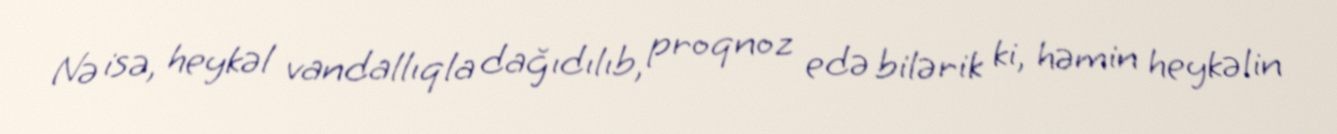
Nə isə, heykəl vandallıqla dağıdılıb, proqnoz edə bilərik ki, həmin heykəlin